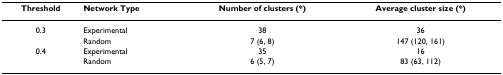
| Threshold | Network Type | Number of clusters (*) | Average cluster size (*) |
 | --- | --- | --- | --- |
 | 0.3 | Experimental | 38 | 36 |
 |  | Random | 7 (6, 8) | 147 (120, 161) |
 | 0.4 | Experimental | 35 | 16 |
 |  | Random | 6 (5, 7) | 83 (63, 112) |